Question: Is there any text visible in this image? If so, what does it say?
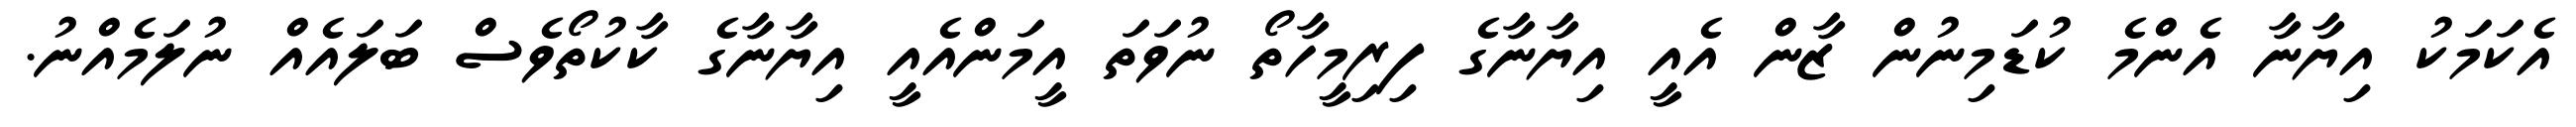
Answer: އެކަމަކު އިޔާނާ އެންމެ ކުޑަމިނުން ޒާން އެއީ އިޔާނާގެ ފިރިމީހާތޯ ނުވަތަ އީމަންއެއީ އިޔާނާގެ ކާކުތޯވެސް ބަލައެއް ނުލަމެއްނު.